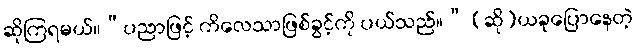
ဆိုကြရမယ်။“ပညာဖြင့် ကိလေသာဖြစ်ခွင့်ကို ပယ်သည်။” (ဆို)ယခုပြောနေတဲ့